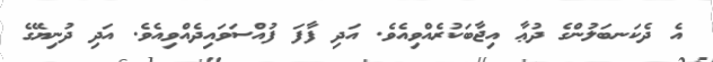
އެ ދެކަނބަލުންގެ ދުޢާ އިޖާބަކުރެއްވިއެވެ. އަދި ފާފަ ފުއްސަވައިދެއްވިއެވެ. އަދި ދުނިޔޭގެ